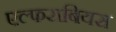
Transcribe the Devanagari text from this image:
एल्फराबियस